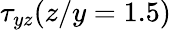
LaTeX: \tau_{yz}(z/y=1.5)